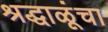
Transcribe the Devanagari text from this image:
श्रद्धाळूंचा